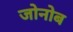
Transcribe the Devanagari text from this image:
जोनोब